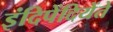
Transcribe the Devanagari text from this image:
इंदिपेंदियेंते